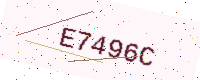
Text: E7496C